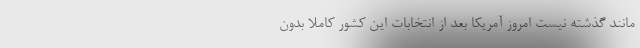
مانند گذشته نیست امروز آمریکا بعد از انتخابات این کشور کاملا بدون